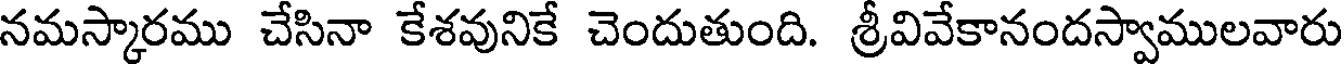
నమస్కారము చేసినా కేశవునికే చెందుతుంది. శ్రీవివేకానందస్వాములవారు